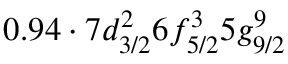
0 . 9 4 \cdot 7 d _ { 3 / 2 } ^ { 2 } 6 f _ { 5 / 2 } ^ { 3 } 5 g _ { 9 / 2 } ^ { 9 }